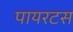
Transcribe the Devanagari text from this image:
पायरटस